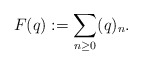
\begin{align*}F(q):=\sum_{n\geq0}(q)_n.\end{align*}